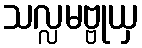
သလ္လမဗ္ဗုယှ